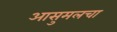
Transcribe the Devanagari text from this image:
आसुमलचा